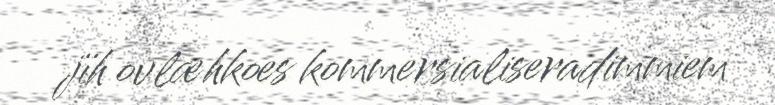
jïh ovlæhkoes kommersialiseradimmiem